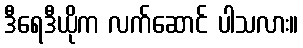
ဒီရေဒီယိုက လက်ဆောင် ပါသလား။